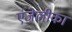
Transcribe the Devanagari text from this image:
एंजेलीका